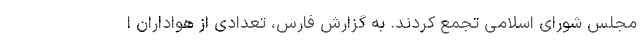
مجلس شورای اسلامی تجمع کردند. به گزارش فارس، تعدادی از هواداران ا